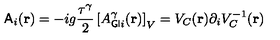
{ \sf A } _ { i } ( { \bf { r } } ) = - i g \frac { { \tau } ^ { \gamma } } { 2 } \left[ A _ { { \sf G I } i } ^ { \gamma } ( { \bf { r } } ) \right] _ { V } = V _ { C } ( { \bf { r } } ) { \partial } _ { i } V _ { C } ^ { - 1 } ( { \bf { r } } )